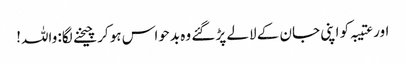
اور عتیبہ کو اپنی جان کے لالے پڑ گئے وہ بدحواس ہو کر چیخنے لگا: واللہ!